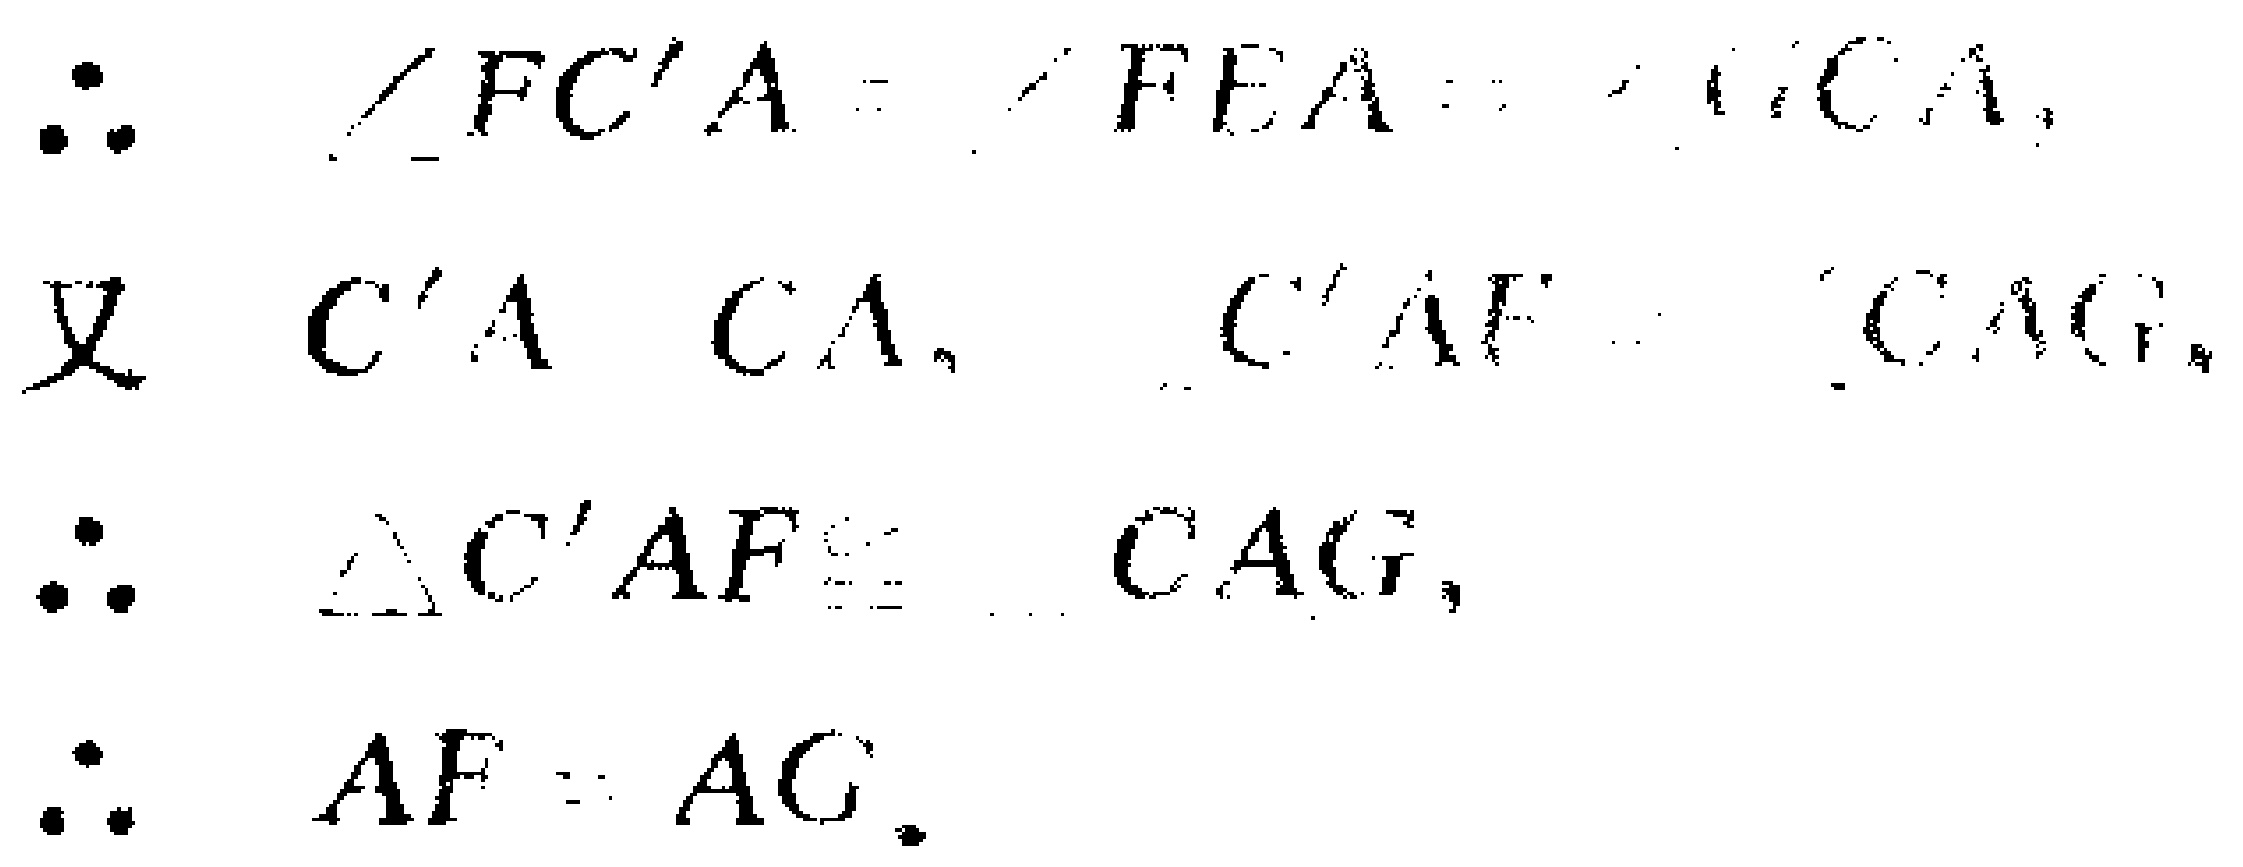
\[\begin{align*}

&\therefore\quad \angle FC'A=\angle FEA = \angle FCA,\\

&又\quad C'A = CA,\quad \angle C'AF=\angle CAF,\\

&\therefore\quad \triangle C'AF\cong\triangle CAF,\\

&\therefore\quad AF = AF.

\end{align*}\]